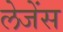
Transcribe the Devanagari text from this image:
लेजेंस